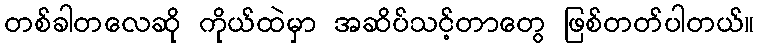
တစ်ခါတလေဆို ကိုယ်ထဲမှာ အဆိပ်သင့်တာတွေ ဖြစ်တတ်ပါတယ်။